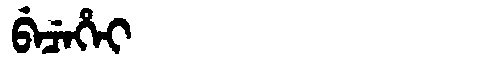
Manchu: ᠪᡝᠴᡝᡥᡝᡳ
Romanization: BECEHEI